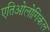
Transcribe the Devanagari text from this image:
एतिओलोगिकल